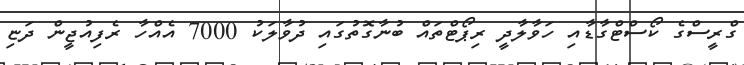
ގްރީސްގެ ކޯސްޓްގާޑާއި ހަވާލާދީ ރިޕޯޓްތައް ބުނާގޮތުގައި ދުވާލަކު 7000 އެއްހާ ރެފިއުޖީން ދަޏި